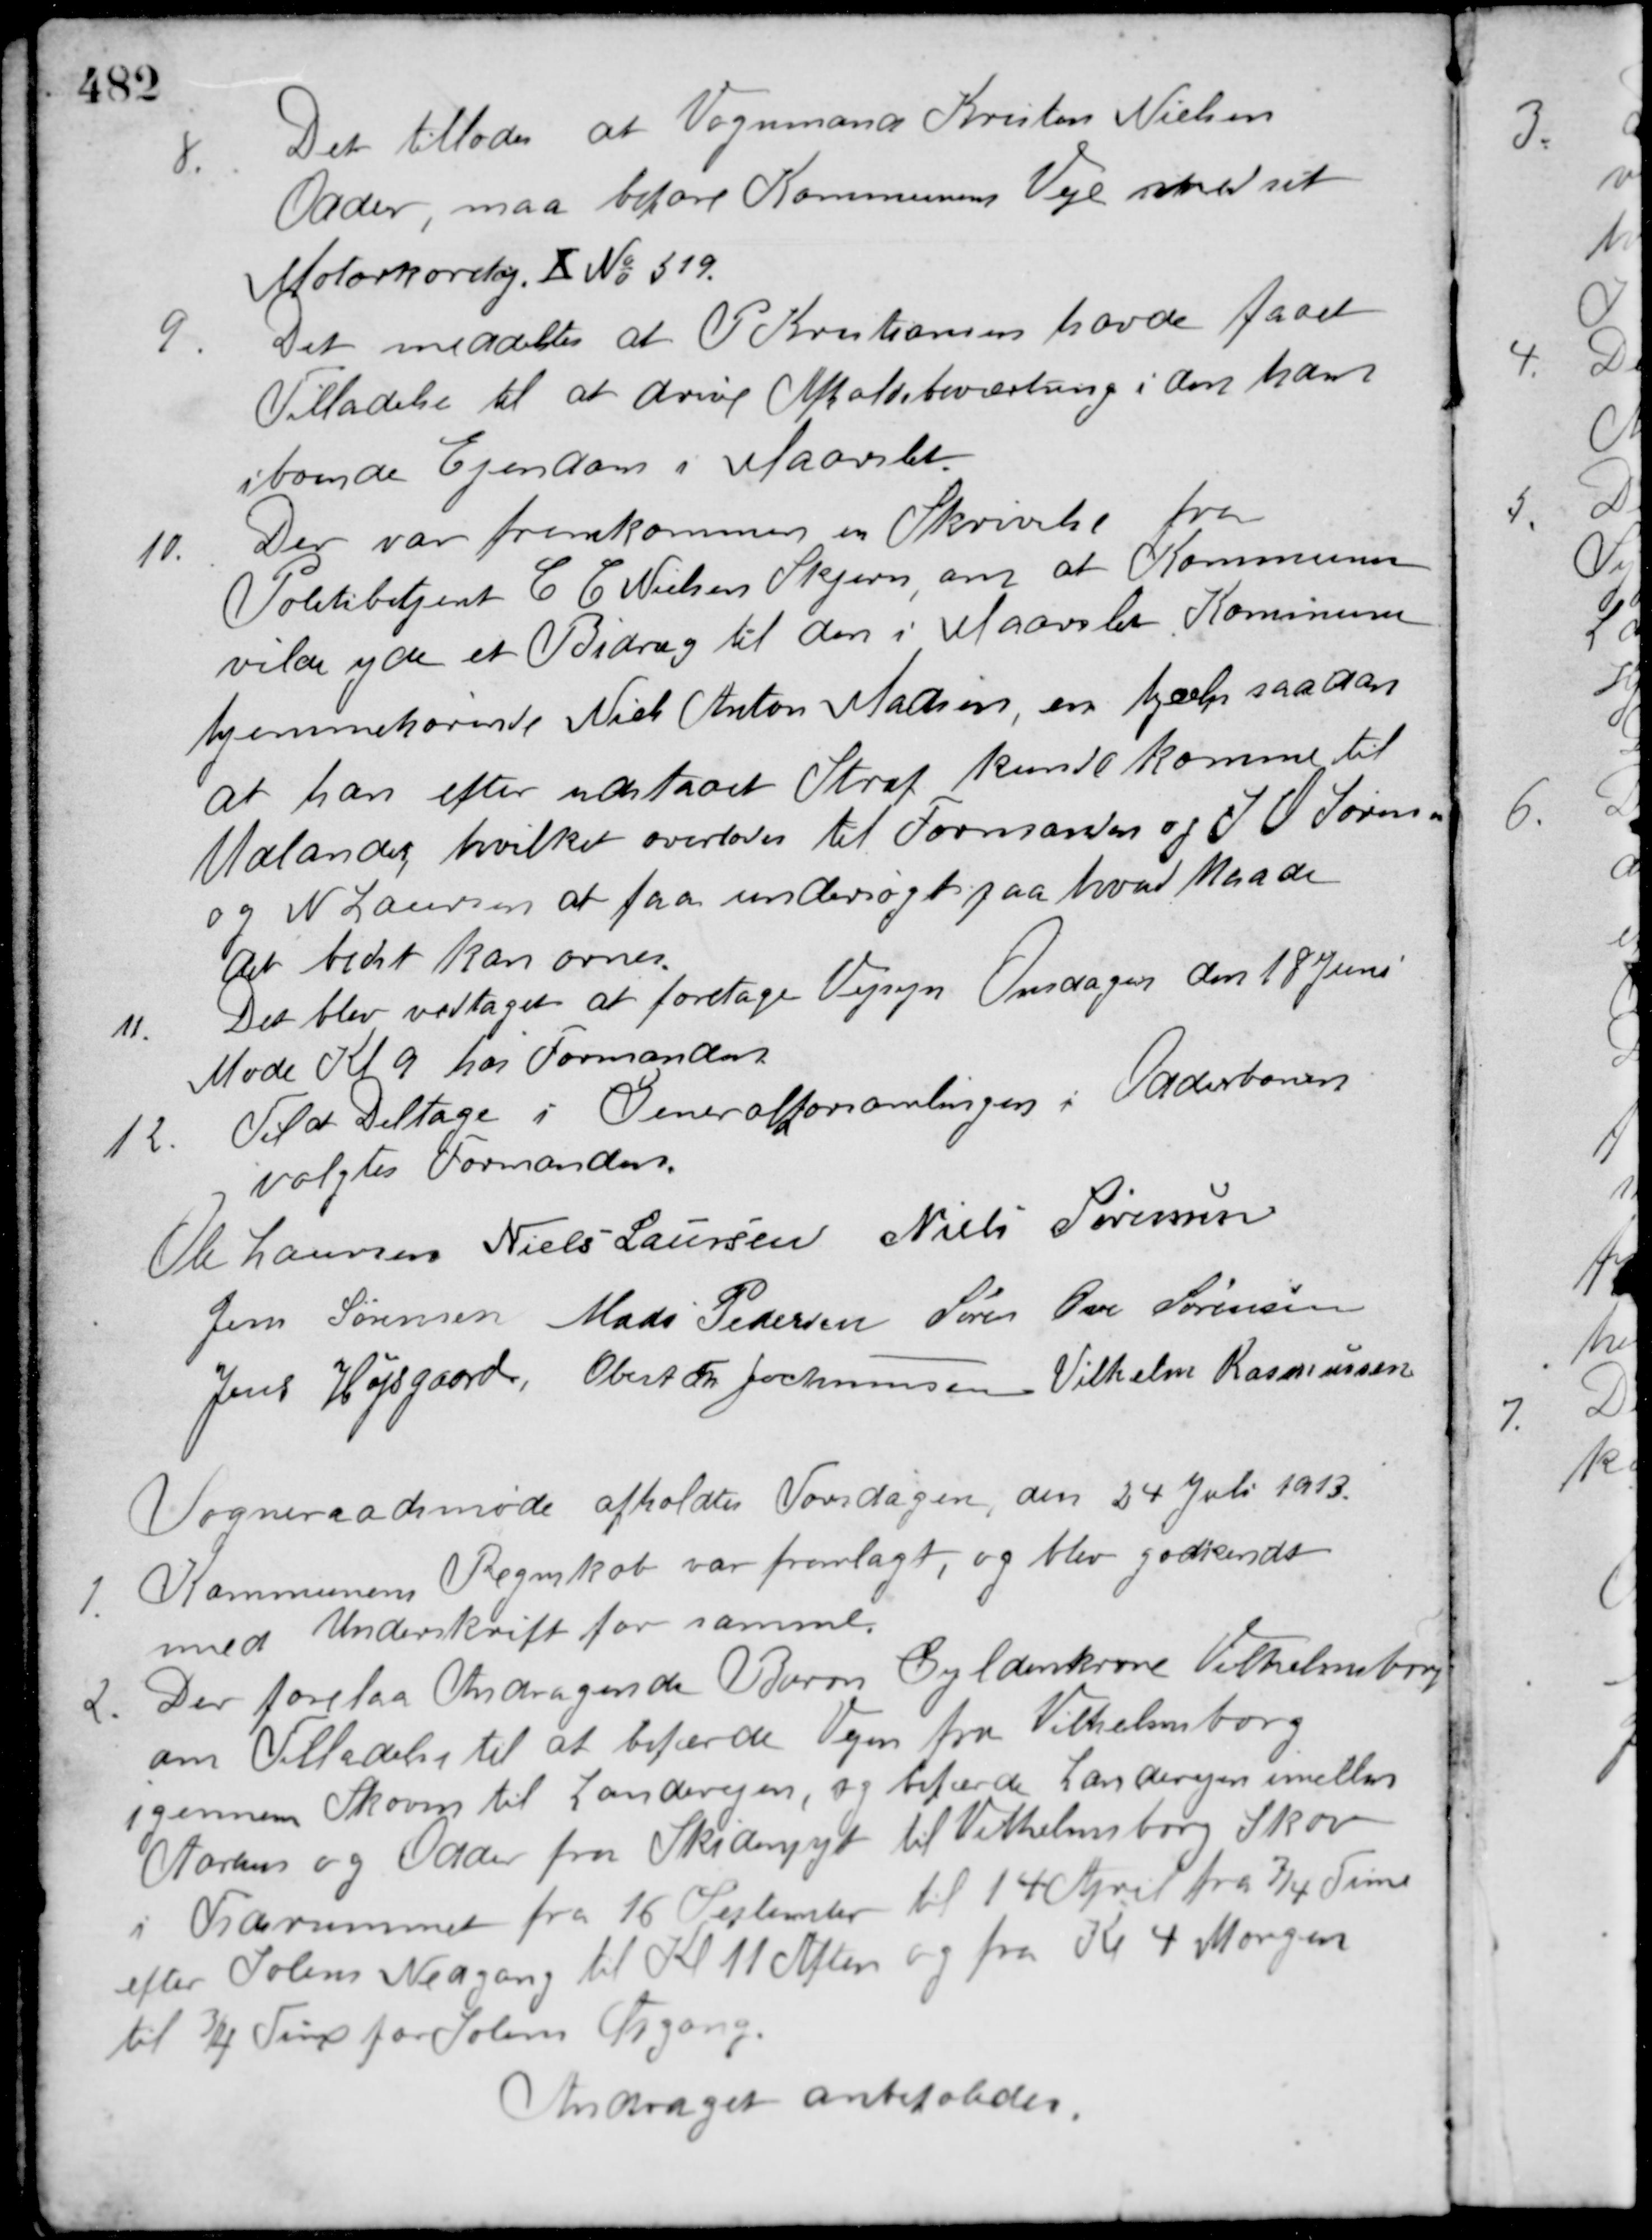
Transskription:
8. Det tillades at Vognmand Kristen Nielsen
Odder, maa bekøre Kommunens Veje med sit
Motorkøretøj. Ⅹ No 519.
9. Det meddeltes at P. Kristiansen havde faaet
Tilladelse til at drive Afholdsbeværtning i den ham
iboende Ejendom i Maarslet.
10. Der var fremkomme en Skrivelse fra
Politibetjent C. C. Nielsen Skjern om at Kommunen
vilde yde et Bidrag til den i Maarslet Kommune
hjemmehørende Niels Anton Madsen, en hjælp saadan
at han efter udstaaet Straf kunde komme til
Udlandet, hvilket overlodes til Formanden og J. O. Sørensen
og N. Laursen at faa undersøgt paa hvad Maade
det bedst kan ornes.
11. Det blev vedtaget at foretage Vejsyn Onsdagen den 18 Juni.
Møde Kl. 9 hos Formanden.
12. Til at Deltage i Generalforsamlingen i Odderbanen
valgtes Formanden.
Ole Laursen Niels Laursen Niels Sørensen
Jens Sørensen Mads Pedersen Søren Ove Sørensen
Jens Højsgaard Obert Th. Jochumsen Vilhelm Rasmussen
Sogneraadsmøde afholdtes Torsdagen, den 24 Juli 1913.
1. Kommunens Regnskab var fremlagt, og blev godkendt
med Underskrift for samme.
2. Der forelaa Andragende Baron Gyldenkrone Vilhelmsborg
om Tilladelse til at befærde Vejen fra Vilhelmsborg
igennem Skoven til Landevejen, og befærde Landevejen imellem
Aarhus og Odder fra Skidenpyt til Vilhelmsborg Skov
i Tidsrummet fra 16 September til 14 April fra 3/4 Time
efter Solens Nedgang til Kl. 11 Aften og fra Kl. 4 Morgen
til 3/4 Time før Solens Opgang.
Andraget anbefaledes.